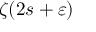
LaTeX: \zeta ( 2 s + \varepsilon )